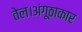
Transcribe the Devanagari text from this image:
तेल।अंगूठाकार